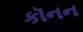
કૉનન